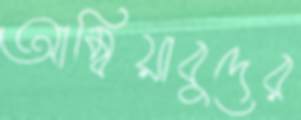
আম্বিয়াবুদের